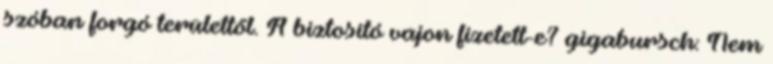
szóban forgó területtől. A biztosító vajon fizetett-e? gigabursch: Nem